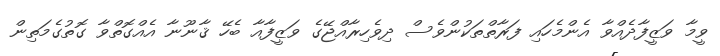
ވީމާ ވަޒީފާދެއްވާ އެންމެހައި ފަރާތްތަކުންވެސް ދިވެހިރާއްޖޭގެ ވަޒީފާއާ ބެހޭ ޤާނޫނާ އެއްގޮތްވާ ގޮތުގެމަތިން